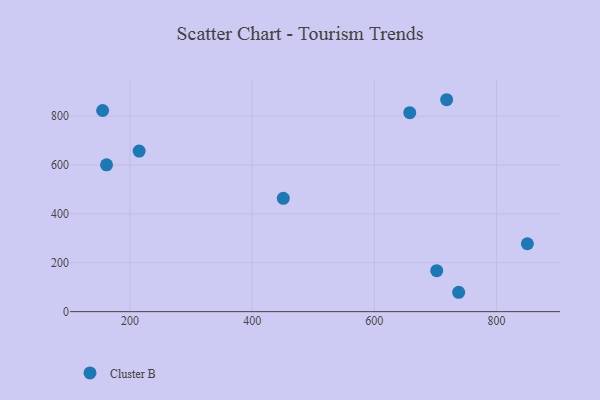
{"axis": {"x": "Study Hours", "y": "Salary"}, "legend": ["Cluster B"], "data": [{"x": "702.1", "y": 167.7, "type": "Cluster B"}, {"x": "161.5", "y": 601.1, "type": "Cluster B"}, {"x": "214.9", "y": 657.2, "type": "Cluster B"}, {"x": "850.5", "y": 278.0, "type": "Cluster B"}, {"x": "155.1", "y": 823.2, "type": "Cluster B"}, {"x": "657.9", "y": 814.3, "type": "Cluster B"}, {"x": "738.0", "y": 79.3, "type": "Cluster B"}, {"x": "718.3", "y": 867.4, "type": "Cluster B"}, {"x": "450.9", "y": 464.0, "type": "Cluster B"}]}